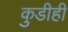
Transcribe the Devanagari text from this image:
कुडीही